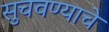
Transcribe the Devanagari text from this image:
सुचवण्याचे